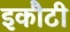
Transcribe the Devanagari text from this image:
इकौटी